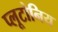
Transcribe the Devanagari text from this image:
प्लूटोनिय